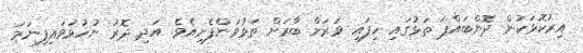
އިރުކޮޅަކުން ދޮންބައްޕަ ތަޅުގައި ހިފައި ވަރަށް ބާރަށް ތަޅުވަންފެށިއެވެ. އަދި ދޮރު ނުހުޅުވައިފިނަމަ